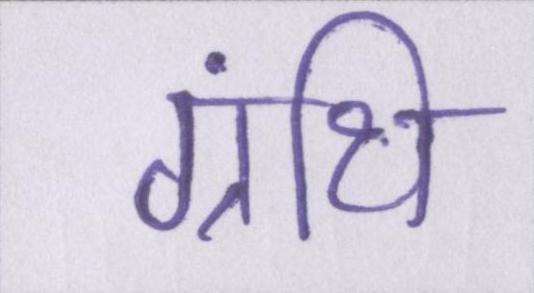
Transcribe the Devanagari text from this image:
ग्रंथि